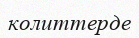
колиттерде